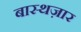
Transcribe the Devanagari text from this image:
बास्थज़ार